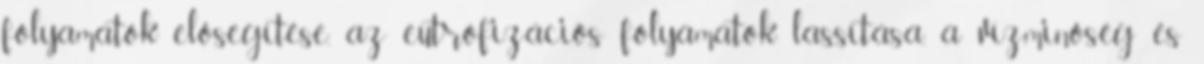
folyamatok elõsegítése, az eutrofizációs folyamatok lassítása, a vízminõség és